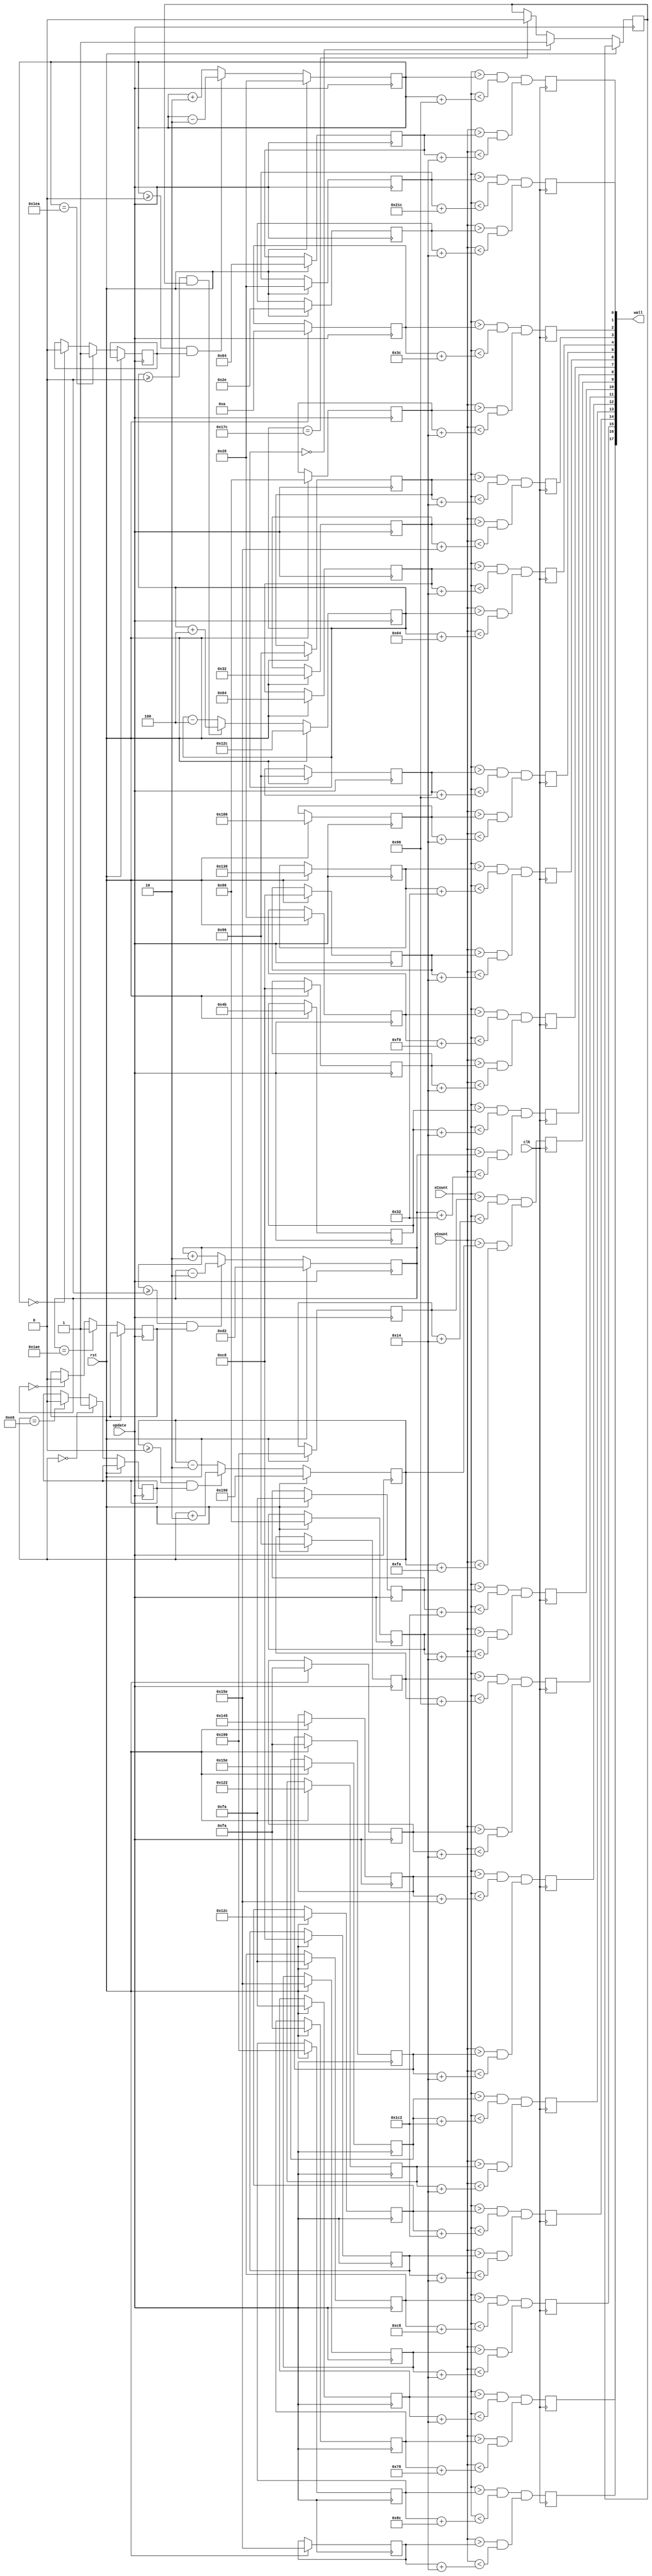
module lvl2wall_generator (clk,update,rst,xCount,yCount,wall);	
input clk,rst,update;

input [9:0]xCount;
input [9:0]yCount;
wire [9:0] xCount;
wire [9:0] yCount;


output [17:0]wall;
assign wall[0] = wall1;
assign wall[1] = wall2; 
assign wall[2] = wall3;
assign wall[3] = wall4;
assign wall[4] = wall5;
assign wall[5] = wall6;
assign wall[6] = wall7;
assign wall[7] = wall8;
assign wall[8] = wall9;
assign wall[9] = wall10;
assign wall[10] = wall11;
assign wall[11] = wall12;
assign wall[12] = wall13;
assign wall[13] = wall14;
assign wall[14] = wall15;
assign wall[15] = wall16;
assign wall[16] = wall17;
assign wall[17] = wall18;


reg wall1;
reg wall2;
reg wall3;
reg wall4;
reg wall5;
reg wall6;
reg wall7;
reg wall8;
reg wall9;
reg wall10;
reg wall11;
reg wall12;
reg wall13;
reg wall14;
reg wall15;
reg wall16;
reg wall17;
reg wall18;
reg rightwall;
reg topwall;
reg topwall2;
reg bottomwall;

//wall 1 (top wall)
reg [9:0] wall1X [0:25];
reg [8:0] wall1Y [0:25];

reg [9:0] wall2X [0:25];
reg [8:0] wall2Y [0:25];

reg [9:0] wall3X [0:25];
reg [8:0] wall3Y [0:25];

reg [9:0] wall4X [0:25];
reg [8:0] wall4Y [0:25];

reg [9:0] wall5X [0:25];
reg [8:0] wall5Y [0:25];

reg [9:0] wall6X [0:25];
reg [8:0] wall6Y [0:25];

reg [9:0] wall7X [0:25];
reg [8:0] wall7Y [0:25];

reg [9:0] wall8X [0:25];
reg [8:0] wall8Y [0:25];

reg [9:0] wall9X [0:25];
reg [8:0] wall9Y [0:25];

reg [9:0] wall10X [0:25];
reg [8:0] wall10Y [0:25];

reg [9:0] wall11X [0:25];
reg [8:0] wall11Y [0:25];

reg [9:0] wall12X [0:25];
reg [8:0] wall12Y [0:25];

reg [9:0] wall13X [0:25];
reg [8:0] wall13Y [0:25];

reg [9:0] wall14X [0:25];
reg [8:0] wall14Y [0:25];

reg [9:0] wall15X [0:25];
reg [8:0] wall15Y [0:25];

reg [9:0] wall16X [0:25];
reg [8:0] wall16Y [0:25];

reg [9:0] wall17X [0:25];
reg [8:0] wall17Y [0:25];

reg [9:0] wall18X [0:25];
reg [8:0] wall18Y [0:25];

//Size
always@(posedge clk) 
	begin	
		//wall 1 
		wall1 <= (xCount > wall1X[0] && xCount < (wall1X[0]+10'd540)) && (yCount > wall1Y[0] && yCount < (wall1Y[0]+10'd20));

		//wall 2 
		wall2 <= (xCount > wall2X[0] && xCount < (wall2X[0]+10'd150)) && (yCount > wall2Y[0] && yCount < (wall2Y[0]+10'd20));

		//wall 3 
		wall3 <= (xCount > wall3X[0] && xCount < (wall3X[0]+10'd60)) && (yCount > wall3Y[0] && yCount < (wall3Y[0]+10'd20));

		//wall 4
		wall4 <= (xCount > wall4X[0] && xCount < (wall4X[0]+10'd20)) && (yCount > wall4Y[0] && yCount < (wall4Y[0]+10'd350));
			
		//wall 5
		wall5 <= (xCount > wall5X[0] && xCount < (wall5X[0]+10'd20)) && (yCount > wall5Y[0] && yCount < (wall5Y[0]+10'd100));

		//wall 6
		wall6 <= (xCount > wall6X[0] && xCount < (wall6X[0]+10'd150)) && (yCount > wall6Y[0] && yCount < (wall6Y[0]+10'd20));
		
		//wall 7
		wall7 <= (xCount > wall7X[0] && xCount < (wall7X[0]+10'd50)) && (yCount > wall7Y[0] && yCount < (wall7Y[0]+10'd20));
		
		//wall 8 
		wall8 <= (xCount > wall8X[0] && xCount < (wall8X[0]+10'd240)) && (yCount > wall8Y[0] && yCount < (wall8Y[0]+10'd20));
		
		//wall 9
		wall9 <= (xCount > wall9X[0] && xCount < (wall9X[0]+10'd20)) && (yCount > wall9Y[0] && yCount < (wall9Y[0]+10'd50));

		//wall 10
		wall10 <= (xCount > wall10X[0] && xCount < (wall10X[0]+10'd20)) && (yCount > wall10Y[0] && yCount < (wall10Y[0]+10'd250));

		//wall 11
		wall11 <= (xCount > wall11X[0] && xCount < (wall11X[0]+10'd450)) && (yCount > wall11Y[0] && yCount < (wall11Y[0]+10'd20));

		//wall 12
		wall12 <= (xCount > wall12X[0] && xCount < (wall12X[0]+10'd150)) && (yCount > wall12Y[0] && yCount < (wall12Y[0]+10'd20));

		//wall 13
		wall13 <= (xCount > wall13X[0] && xCount < (wall13X[0]+10'd350)) && (yCount > wall13Y[0] && yCount < (wall13Y[0]+10'd20));
		
		//wall 14
		wall14 <= (xCount > wall14X[0] && xCount < (wall14X[0]+10'd450)) && (yCount > wall14Y[0] && yCount < (wall14Y[0]+10'd20));

		//wall 15
		wall15 <= (xCount > wall15X[0] && xCount < (wall15X[0]+10'd450)) && (yCount > wall15Y[0] && yCount < (wall15Y[0]+10'd20));
		
		//wall 16
		wall16 <= (xCount > wall16X[0] && xCount < (wall16X[0]+10'd200)) && (yCount > wall16Y[0] && yCount < (wall16Y[0]+10'd20));

		//wall 17
		wall17 <= (xCount > wall17X[0] && xCount < (wall17X[0]+10'd20)) && (yCount > wall17Y[0] && yCount < (wall17Y[0]+10'd120));

		//wall 18
		wall18 <= (xCount > wall18X[0] && xCount < (wall18X[0]+10'd140)) && (yCount > wall18Y[0] && yCount < (wall18Y[0]+10'd20));

	end


//wall1
always @(posedge update)
	begin
		if (rst == 1'b1)
			begin //position of wall1	
				wall1X[0] <= 10'd40;
				wall1Y[0] <= 9'd46;

			end
	end
///// wall2 control /////
//

always @(posedge update)
	begin
		if (rst == 1'b1) //starting positions of wall2
			begin
				wall2X[0] <= 10'd40;
				wall2Y[0] <= 9'd100;
end
		else //rate and direction of wall
			begin
			if((wall2X[0] >= 10'd0) && rightwall )
				wall2X[0] <= wall2X[0] - 2'd2;
			else
				wall2X[0] <= wall2X[0] + 2'd2;
			if(wall2X[0] == 10'd490)
				rightwall=1'b1;
			else if(wall2X[0] == 10'd0)
				rightwall = 1'b0;
			end
		end


/////wall3 control /////
always @(posedge update)
	begin
		if (rst == 1'b1)
			begin //position of wall3
				wall3X[0] = 10'd10;
				wall3Y[0] = 9'd150;
			end

	end
//wall4

always @(posedge update)
	begin
		if (rst == 1'b1)
			begin //position of wall4
				wall4X[0] <= 10'd150;
				wall4Y[0] <= 9'd50;
			end
	end
/////wall5 control /////
always @(posedge update)
	begin
		if (rst == 1'b1)
			begin //starting position of wall5
				wall5X[0] <= 10'd100;
				wall5Y[0] <= 9'd300;
			end
		else //rate and direction of wall
			begin
			if((wall5Y[0] >= 10'd0) && topwall2 )
				wall5Y[0] <= wall5Y[0] + 4'd4;
			else
				wall5Y[0] <= wall5Y[0] - 4'd4;
			if(wall5Y[0] == 10'd0)
				topwall2=1'b1;
			else if(wall5Y[0] == 10'd380)
				topwall2 = 1'b0;
			end
	end
//

/////wall6 control /////
always @(posedge update)
	begin
		if (rst == 1'b1)
			begin //position of wall6
				wall6X[0] <= 10'd150;
				wall6Y[0] <= 9'd390;
			end
	end
//

/////wall7 control /////
always @(posedge update)
	begin
		if (rst == 1'b1)
			begin //position of wall7		
				wall7X[0] <= 10'd310;
				wall7Y[0] <= 9'd200;
			end
	end
//wall 8
always @(posedge update)
	begin
		if (rst == 1'b1)
			begin //position of wall7			
				wall8X[0] <= 10'd40;
				wall8Y[0] <= 9'd200;
			end
	end

/////wall9 control /////
always @(posedge update)
	begin
		if (rst == 1'b1)
			begin //starting position of wall9
				wall9X[0] <= 10'd75;
				wall9Y[0] <= 9'd210;
			end
			
		else //rate and direction of wall
			begin
			if((wall9Y[0] >= 10'd0) && topwall ==1'b1 )
				wall9Y[0] <= wall9Y[0] - 2'd2;
			else
				wall9Y[0] <= wall9Y[0] + 2'd2;
			if(wall9Y[0] == 10'd430)
				topwall=1'b1;
			else if(wall9Y[0] == 10'd0)
				topwall = 1'b0;
			end
		end 
//

/////wall10 control /////
always @(posedge update)
	begin
		if (rst == 1'b1)
			begin //starting position of wall10
				wall10X[0] <= 10'd400;
				wall10Y[0] <= 9'd400;
			end
				
	else //rate and direction of wall
			begin
			if((wall10Y[0] >= 10'd0) && bottomwall )
				wall10Y[0] <= wall10Y[0] + 2'd2;
			else
				wall10Y[0] <= wall10Y[0] - 2'd2;
			if(wall10Y[0] == 10'd0)
				bottomwall=1'b1;
			else if(wall10Y[0] == 10'd230)
				bottomwall = 1'b0;
			end
	end
//

/////wall11 control /////
always @(posedge update)
	begin
		if (rst == 1'b1)
			begin //position of wall11
				wall11X[0] <= 10'd250;
				wall11Y[0] <= 9'd150;
			end
	end
//

/////wall12 control /////
always @(posedge update)
	begin
		if (rst == 1'b1)
			begin //position of wall12
				wall12X[0] <= 10'd150;
				wall12Y[0] <= 9'd250;
		
			end
	end
	
//wall 13

always @(posedge update)
	begin
		if (rst == 1'b1)
			begin //position of wall12
				wall13X[0] <= 10'd325;
				wall13Y[0] <= 9'd250;
			end
	end

/////wall14 control /////
always @(posedge update)
	begin
		if (rst == 1'b1)
			begin //position of wall14
				wall14X[0] <= 10'd350;
				wall14Y[0] <= 9'd290;
			end
	end
//

/////wall15 control /////
always @(posedge update)
	begin
		if (rst == 1'b1)
			begin //position of wall15
				wall15X[0] <= 10'd300;
				wall15Y[0] <= 9'd200;
			end
	end

	/////wall16 control /////
always @(posedge update)
	begin
		if (rst == 1'b1)
			begin //position of wall16
				wall16X[0] <= 10'd250;
				wall16Y[0] <= 9'd350;
			end
	end

	/////wall17 control /////
always @(posedge update)
	begin
		if (rst == 1'b1)
			begin //position of wall17
				wall17X[0] <= 10'd250;
				wall17Y[0] <= 9'd250;
			end
	end

	/////wall18 control /////
always @(posedge update)
	begin
		if (rst == 1'b1)
			begin //position of wall18
				wall18X[0] <= 10'd400;
				wall18Y[0] <= 9'd350;
			end	
	end

endmodule